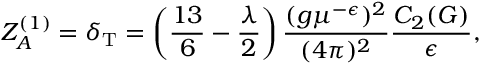
Z _ { A } ^ { ( 1 ) } = \delta _ { \mathrm { T } } = \left( \frac { 1 3 } 6 - \frac \lambda 2 \right) \frac { ( g \mu ^ { - \epsilon } ) ^ { 2 } } { ( 4 \pi ) ^ { 2 } } \frac { C _ { 2 } ( G ) } { \epsilon } ,